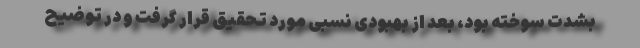
بشدت سوخته بود، بعد از بهبودی نسبی مورد تحقیق قرار گرفت و در توضیح